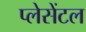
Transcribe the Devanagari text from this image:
प्लेसेंटल